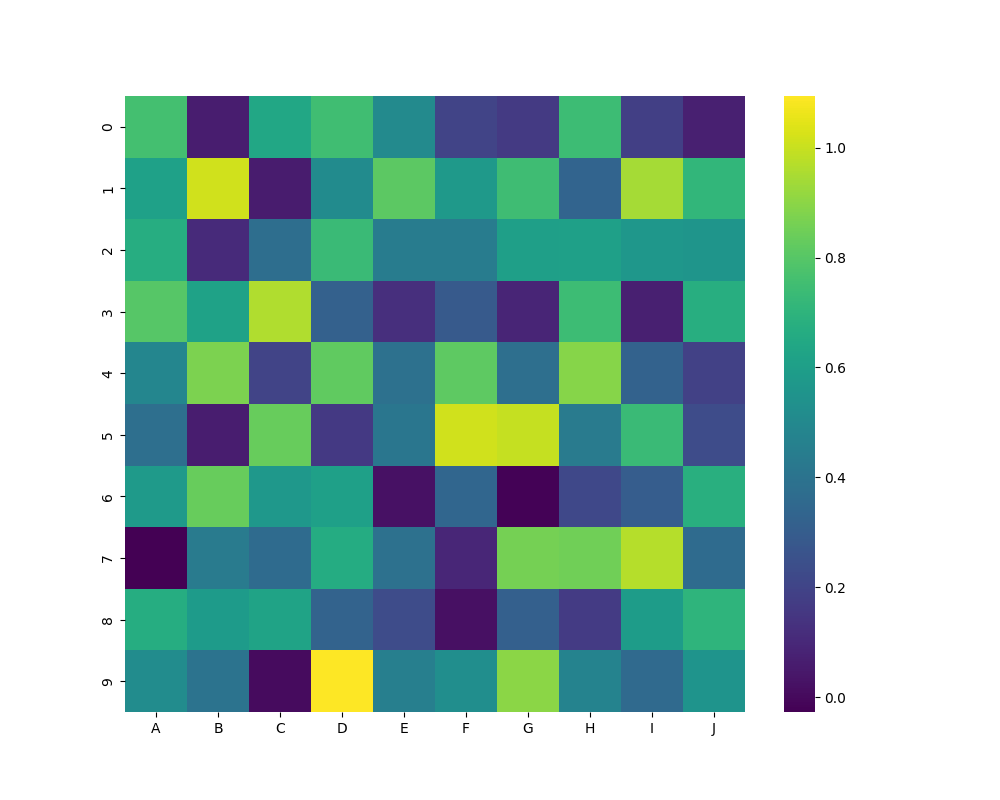
python, seaborn, heatmap, cmap='viridis', linewidths=0.0, center=none